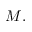
M .